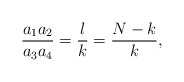
\begin{align*}\frac {a_1 a_2}{a_3 a_4} = \frac {l}{k} = \frac {N-k}{k},\end{align*}